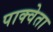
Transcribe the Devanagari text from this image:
पाक्वेता